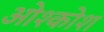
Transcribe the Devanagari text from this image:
ओश्कोश